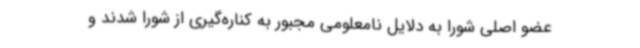
عضو اصلی شورا به دلایل نامعلومی مجبور به کناره‌گیری از شورا شدند و